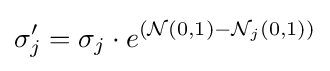
{\sigma }'_{j}=\sigma _{j}\cdot e^{({\mathcal {N}}(0,1)-{\mathcal {N}}_{j}(0,1))}